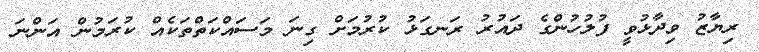
ރިޔާޒު ވިދާޅުވީ ފުލުހުންގެ ދައުރު ރަނގަޅު ކުރުމަށް ގިނަ މަސައްކަތްތަކެއް ކުރަމުން އަންނަ